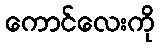
ကောင်လေးကို